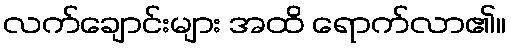
လက်ချောင်းများ အထိ ရောက်လာ၏။